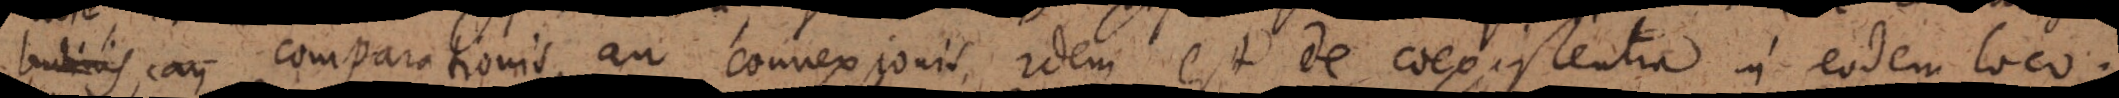
comparationis, an connexionis. Idem est de coexistentia in eodem loco.